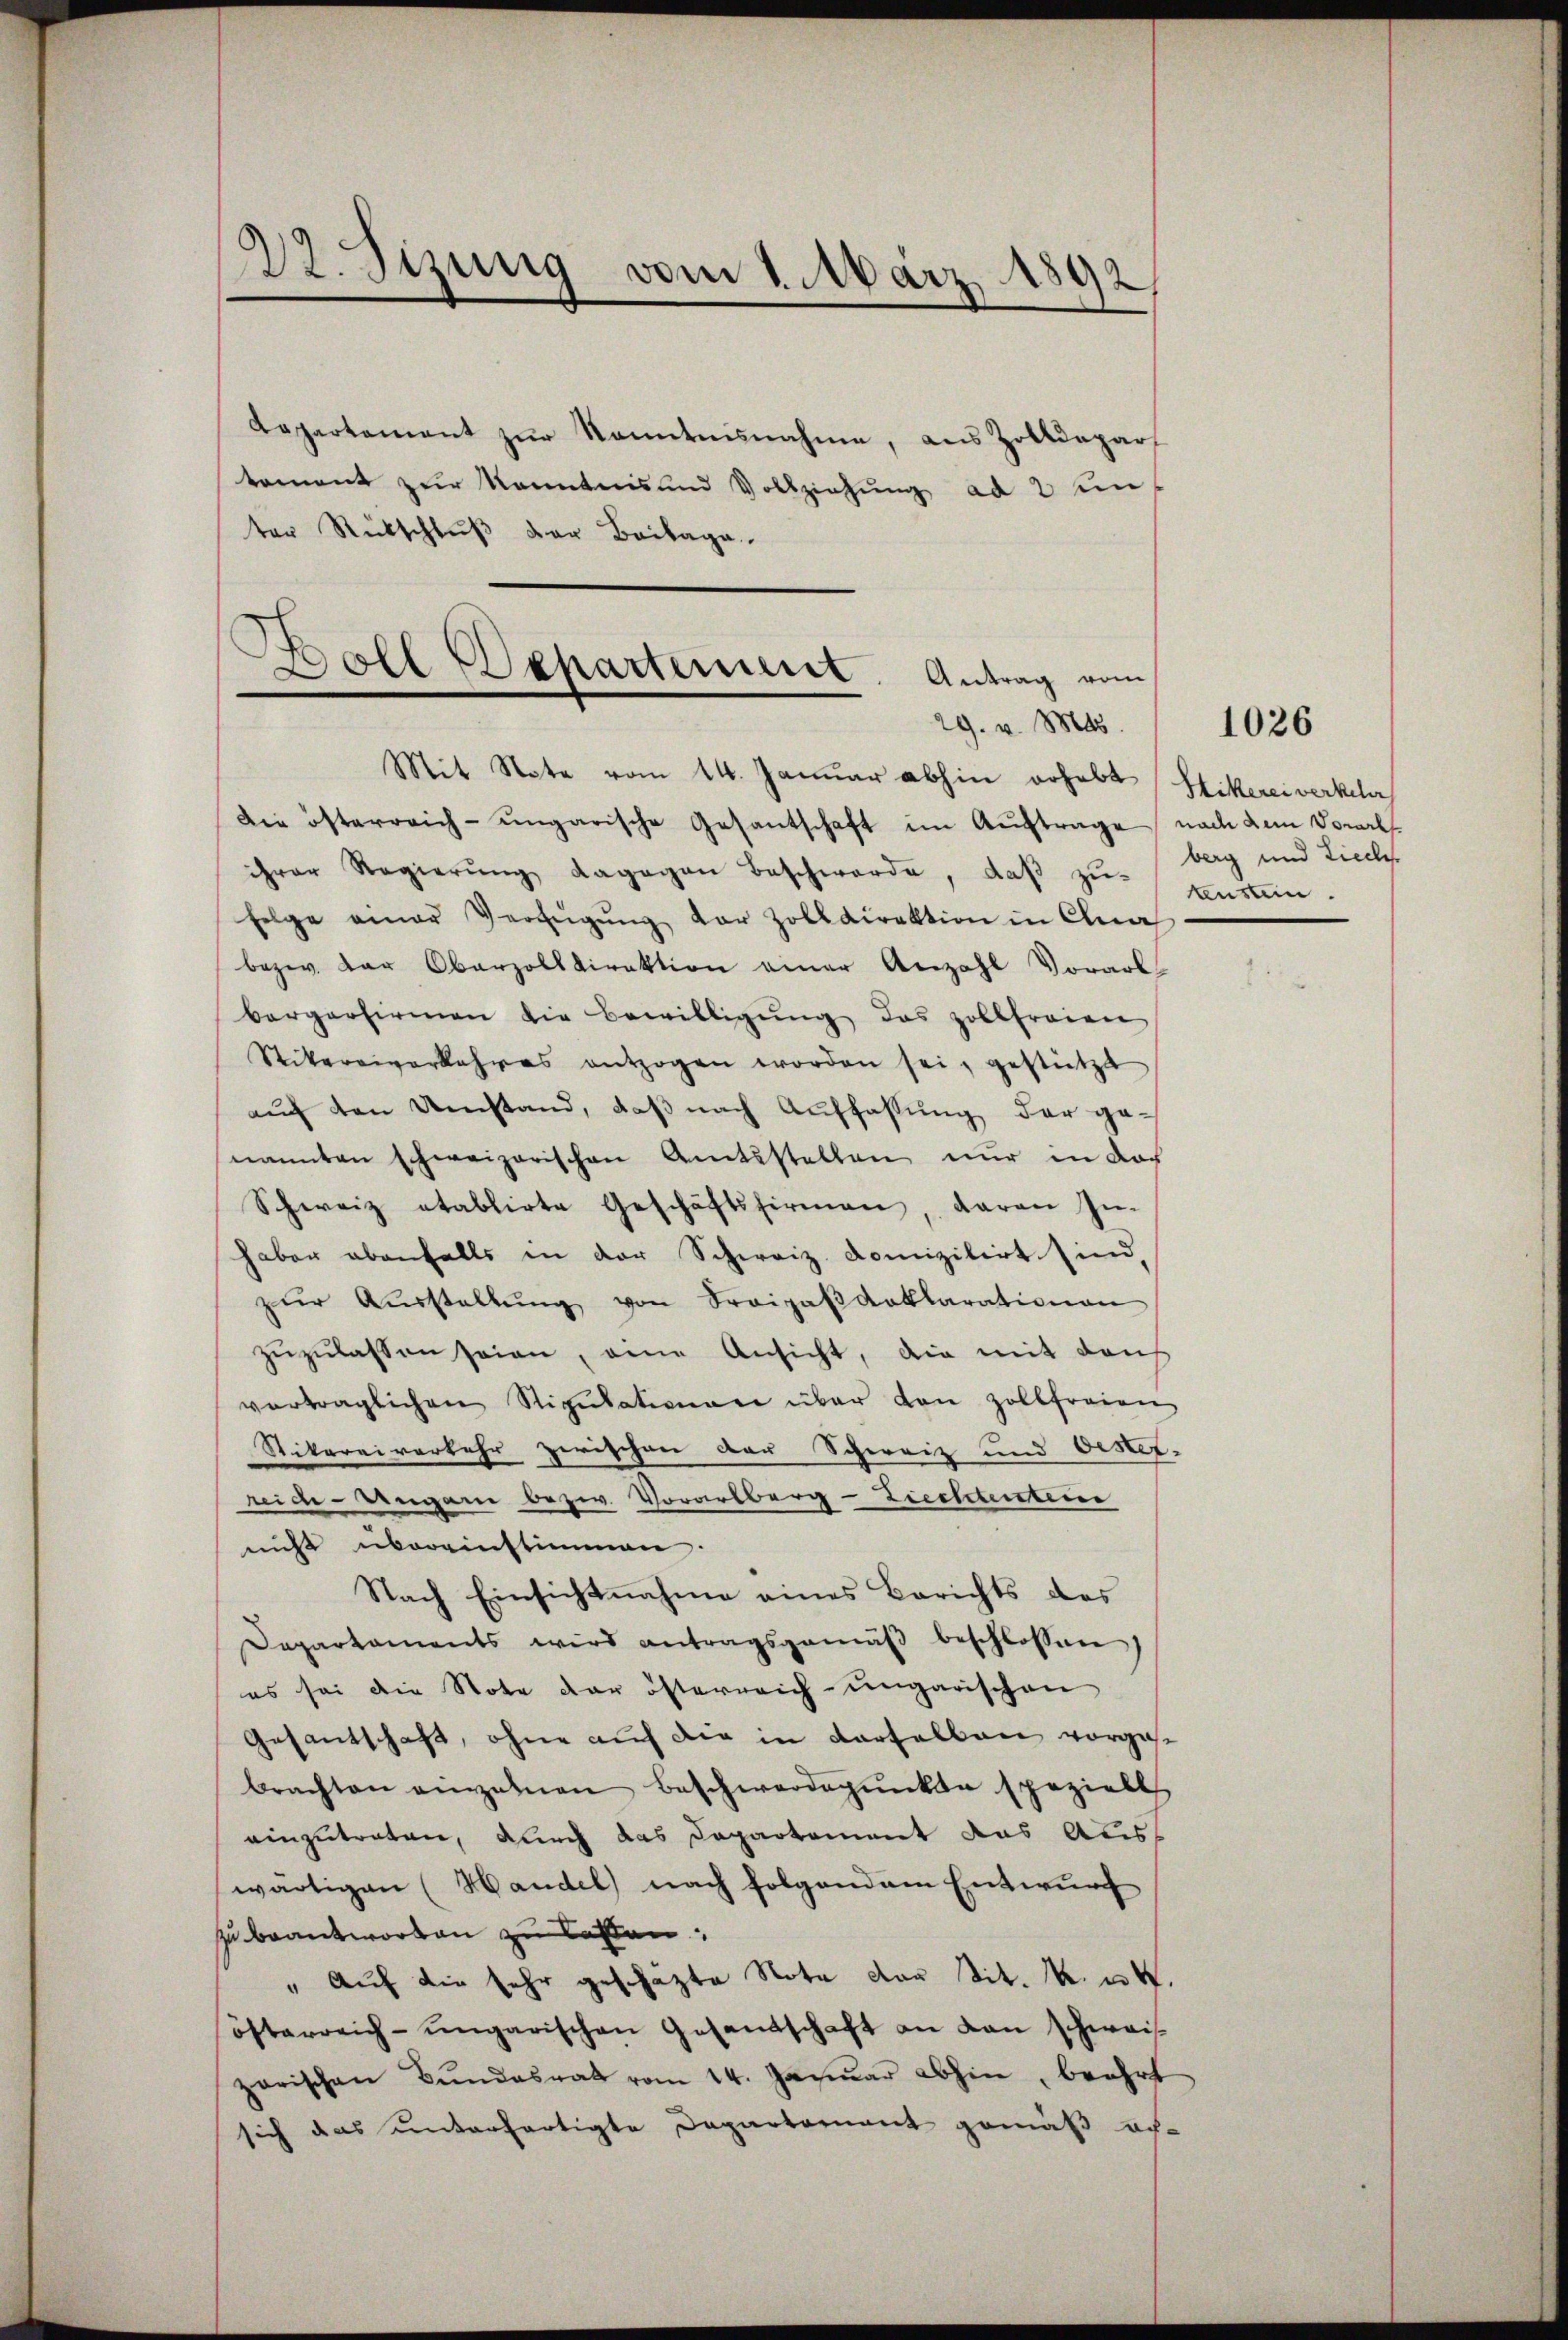
22. Sizung vom 1. März 1892,

Dapartement zur Kenntnisnahme, aus Zolldepar
tement zur Kenntnis und Vollziehung ad 2 unter Rückschluß der Beilage.

.
Boll Departement. Antrag vom
29. v. Mts.

Mit Note vom 14. Januar abhin erhebt (Hikerei verkehr
Die österreich-ungarische Gesantschaft im Auftrage nach dem Vorarlsihrer Regierŭng dagegen Beschwerde, daß zufolge einer Verfŭgŭng der Zolldirektion in Cla
bezw. der Oberzolldirektion einer Anzahl Vorarl-
bergerfirmen die Bewilligung das zollfreien
Stikereiverkehres entzogen worden sei, gestützt
auch den Umstand, daß nach Auffassung der ge-
nannten schweizerischen Amtsstellen nur in doch
Schweiz etablirte Geschäftsfirmen, daran In-
haber ebenfalls in der Schweiz. Domizilirt sind,
zŭr Aŭsstellŭng von Fraipaβanklarationen
zŭzŭlassen seien, eine Ansicht, die mit dah
vertraglichen Stipulationen über den Zollfreien
Stikarei verkehr zwischen der Schweiz und Oester-
reide-Dengen bezw. Vorarlberg-Liechtentei
nicht übereinstimmen.
Nach Einsichtnahme eines Berichts des
Departaments wird antragsgemäβ beschlossen
es sei die Note der österreich-ungarischen
Gesantschaft, ohne auf die in derselben vorgebrachten einzelnen Beschwerdepunkte spezielt
einzutreten, durch das Departement das Auss
wärtigen (Handel nach folgendem Entwurf
zu beantworten zu lassen,
" Aŭf die sehr geschäzte Note dar tit. k. u.
österreich-ungarischen Gesandschaft an dan schwei
zarischen Bŭndesrat vom 14. Januar abhin, beehrt
sich das unterfertigte Departernant gemäß abe

berg und Lieche
tensten.

1026